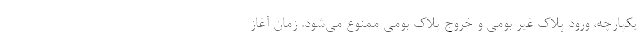
یکپارچه، ورود پلاک غیر بومی و خروج پلاک بومی ممنوع می‌شود. زمان آغاز